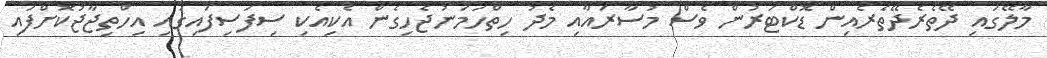
މާލޭގައި ދޭތެރެދޭތެރެއިން ޑޮކްޓަރުން ވެސް މުސާރައާއި މެދު ހިތްހަމަނުޖެހިގެން އެކިއެކި ސިފަސިފައިގައި އިހްތިޖާޖުކޮށްފައި